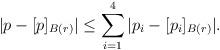
LaTeX: \begin{align*}|p-[p]_{B(r)}| \leq \sum_{i=1}^4 |p_i - [p_i]_{B(r)}|.\end{align*}